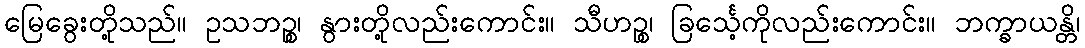
မြေခွေးတို့သည်။ ဥသဘဉ္စ၊ နွားတို့လည်းကောင်း။ သီဟဉ္စ၊ ခြင်္သေ့ကိုလည်းကောင်း။ ဘက္ခာယန္တိ၊